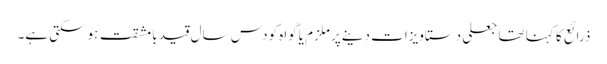
ذرائع کا کہنا تھا جعلی دستاویزات دینےپر ملزم یاگواہ کودس سال قید بامشقت ہوسکتی ہے۔